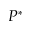
P ^ { * }